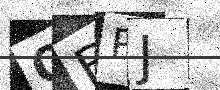
Text: OBPJ